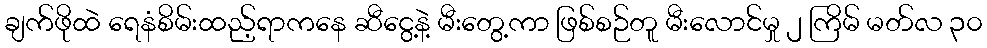
ချက်ဖိုထဲ ရေနံစိမ်းထည့်ရာကနေ ဆီငွေ့နဲ့ မီးတွေ့ကာ ဖြစ်စဉ်တူ မီးလောင်မှု ၂ ကြိမ် မတ်လ ၃၀